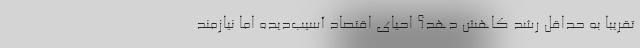
تقریبا به حداقل رشد کاهش دهد؟ احیای اقتصاد آسیب‌دیده اما نیازمند